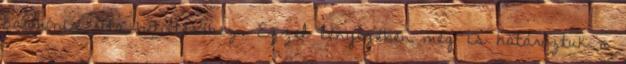
harmónia rita betöltéséhez. Ezzel lényegében meg is határoztuk a